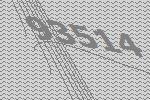
93514